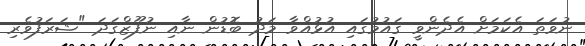
ނުވަތަ އެކަމަށް އެދެންވީ ޤައުމުގައި އުޅުއްވާ މަދު ބޮޑުން ނާއި ނުފޫޒްގަދަ "ޝަރަފުވެރި